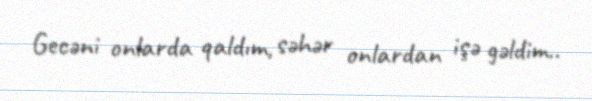
Gecəni onlarda qaldım, səhər onlardan işə gəldim..